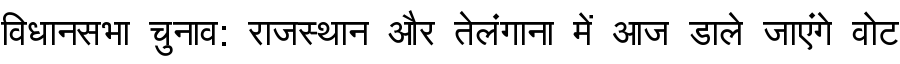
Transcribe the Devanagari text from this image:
विधानसभा चुनाव: राजस्थान और तेलंगाना में आज डाले जाएंगे वोट